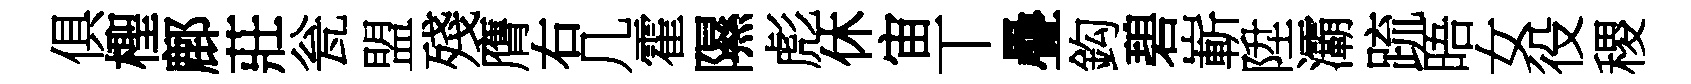
俱檉鄜莊瓮盟殘膺右几霍隰彪休宙丅疊鈎碧嶄陞灞䟽晤女役稷